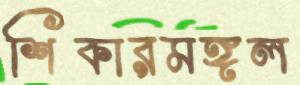
শিকারমঙ্গল